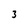
Character: 3